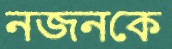
নজনকে